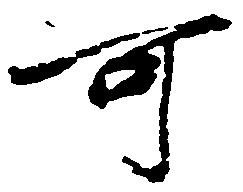
可